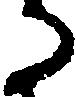
る